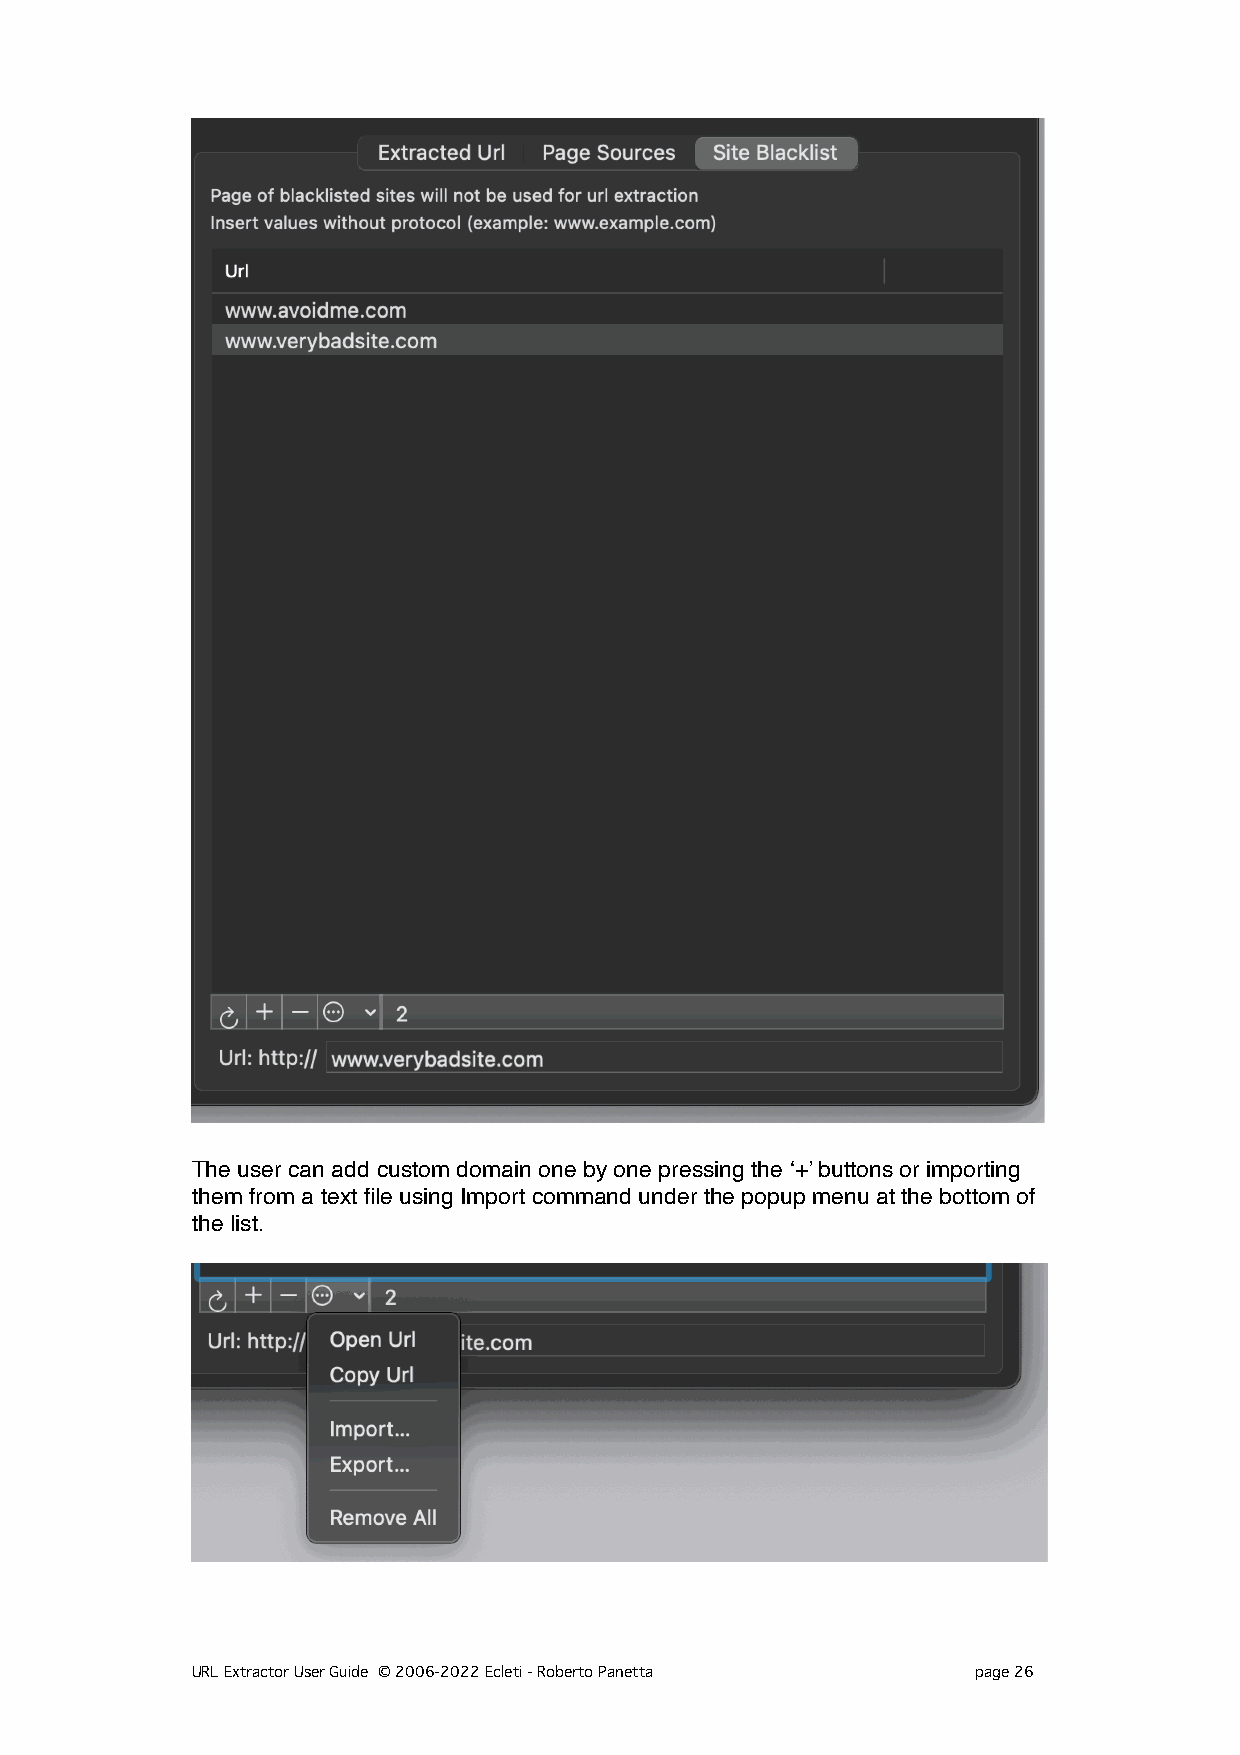
The user can add custom domain one by one pressing the ‘+’ buttons or importing
 them from a text file using Import command under the popup menu at the bottom of
 the list.
 URL Extractor User Guide © 2006-2022 Ecleti - Roberto Panetta page 26